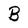
Character: B